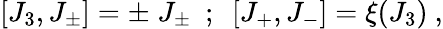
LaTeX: \lbrack J_{3},J_{\pm}\rbrack=\pm\; J_{\pm}~~;~~\lbrack J_{+},J_{-}\rbrack=\xi(J_{3})~,